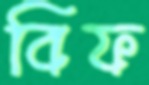
বিফ